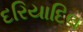
દરિયાદિલ